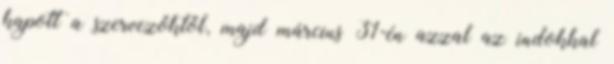
kapott a szervezőktől, majd március 31-én azzal az indokkal